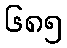
၆၈၅